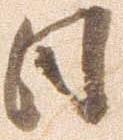
日